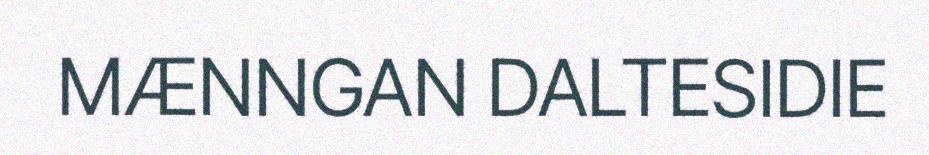
MÆNNGAN DALTESIDIE